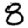
Digit: 8